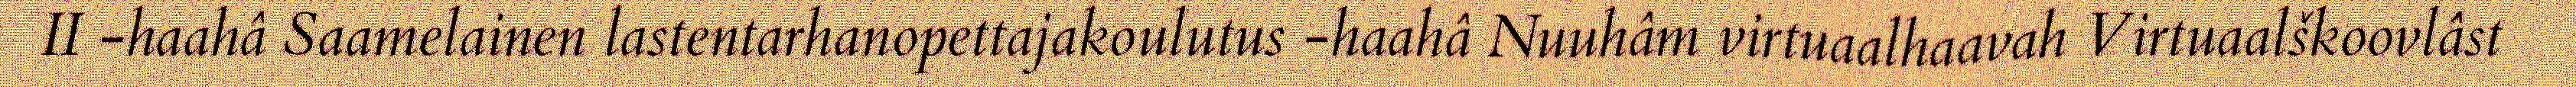
II -haahâ Saamelainen lastentarhanopettajakoulutus -haahâ Nuuhâm virtuaalhaavah Virtuaalškoovlâst